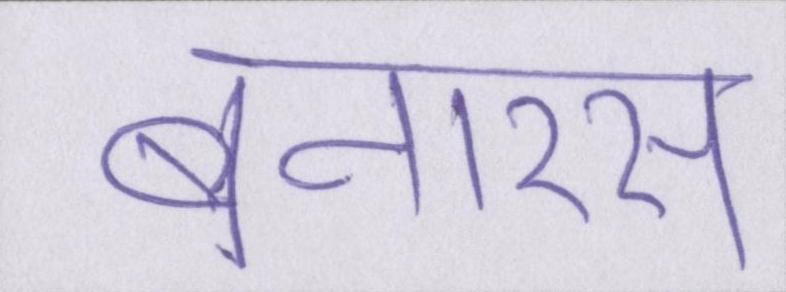
बनारस